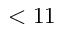
< 1 1